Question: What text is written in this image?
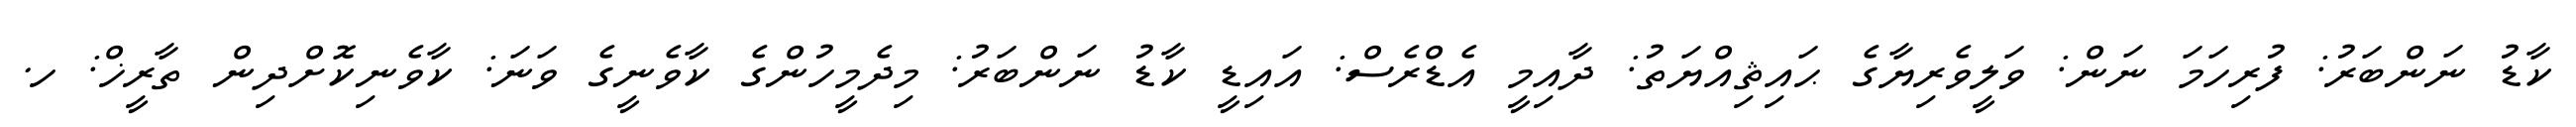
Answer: ކާޑު ނަންބަރު: ފުރިހަމަ ނަން: ވަލީވެރިޔާގެ ޙައިޘިއްޔަތު: ދާއިމީ އެޑްރެސް: އައިޑީ ކާޑު ނަންބަރު: މިދެމީހުންގެ ކާވެނީގެ ވަނަ: ކާވެނިކޮށްދިން ތާރީޚް: ހ.